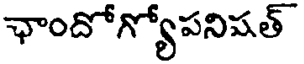
ఛాందోగ్యోపనిషత్